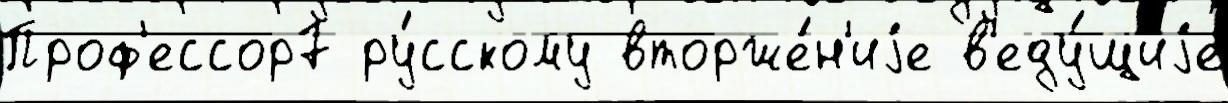
Проф'ессор7 ру́сскому вторже́н'иjе в'еду́щиjе